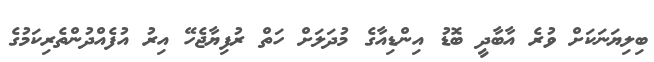
ބިލިޔަނަކަށް ވުރެ އާބާދީ ބޮޑު އިންޑިއާގެ މުދަލަށް ހަތް ރުފިޔާޖެހޭ އިރު އުފެއްދުންތެރިކަމުގެ